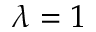
\lambda = 1